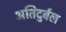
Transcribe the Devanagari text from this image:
अतिदुर्बल